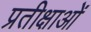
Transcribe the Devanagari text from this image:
प्रतीक्षाओं